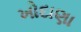
ખોદાણા